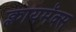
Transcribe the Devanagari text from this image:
क्लायमॅक्स